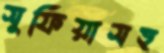
সুফিয়াসহ